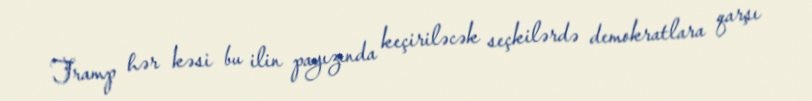
Tramp hər kəsi bu ilin payızında keçiriləcək seçkilərdə demokratlara qarşı